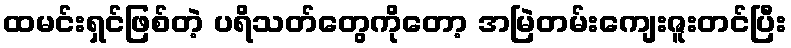
ထမင်းရှင်ဖြစ်တဲ့ ပရိသတ်တွေကိုတော့ အမြဲတမ်းကျေးဇူးတင်ပြီး